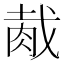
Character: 胾